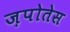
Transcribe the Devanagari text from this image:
ज़पोतेस